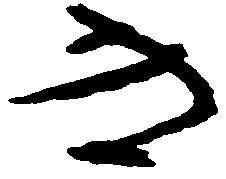
き